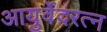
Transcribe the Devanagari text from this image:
आयुर्वेदरत्न